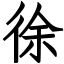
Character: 徐